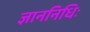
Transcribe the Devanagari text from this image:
ज्ञाननिधिः